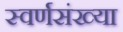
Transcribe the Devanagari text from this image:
स्वर्णसंख्या